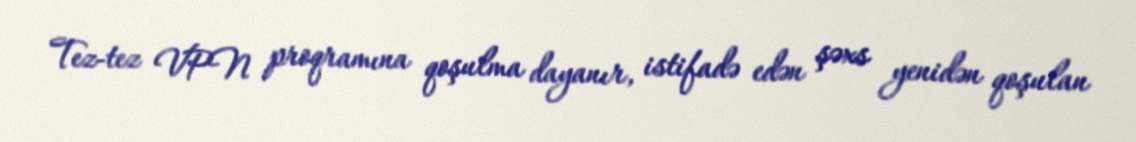
Tez-tez VPN proqramına qoşulma dayanır, istifadə edən şəxs yenidən qoşulan